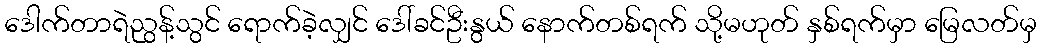
ဒေါက်တာရဲညွန့်သွင် ရောက်ခဲ့လျှင် ဒေါ်ခင်ဦးနွယ် နောက်တစ်ရက် သို့မဟုတ် နှစ်ရက်မှာ မြေလတ်မှ